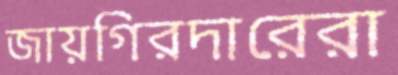
জায়গিরদারেরা